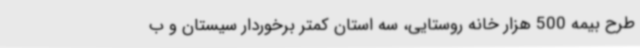
طرح بیمه 500 هزار خانه روستایی، سه استان کمتر برخوردار سیستان و ب